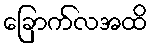
ခြောက်လအထိ